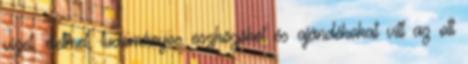
vizet, élelmet, tudományos eszközöket és ajándékokat vitt az ott